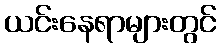
ယင်းနေရာများတွင်